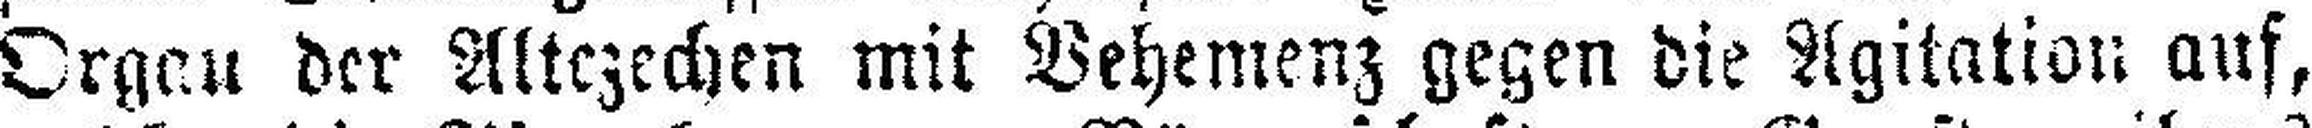
Organ der Altezechen mit Vehemenz gegen die Agitation auf,